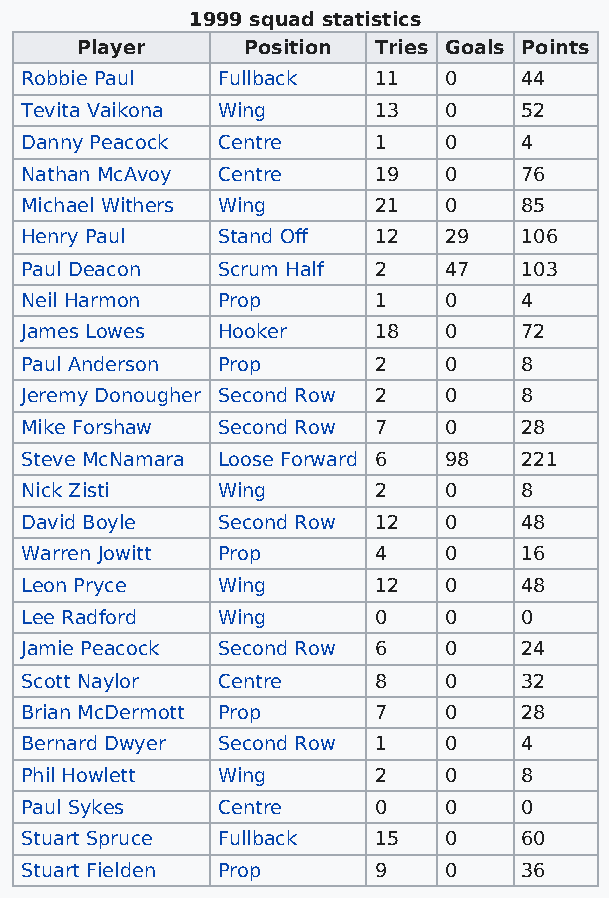
1999 squad statistics
 Player     Position Tries Goals Points
 Robbie Paul  Fullback   11  0    44
 Tevita Vaikona Wing     13  0    52
 Danny Peacock Centre    1   0    4
 Nathan McAvoy Centre    19  0    76
 Michael Withers Wing    21  0    85
 Henry Paul   Stand Off  12  29   106
 Paul Deacon  Scrum Half 2   47   103
 Neil Harmon  Prop       1   0    4
 James Lowes  Hooker     18  0    72
 Paul Anderson Prop      2   0    8
 Jeremy Donougher Second Row 2 0  8
 Mike Forshaw Second Row 7   0    28
 Steve McNamara Loose Forward 6 98 221
 Nick Zisti   Wing       2   0    8
 David Boyle  Second Row 12  0    48
 Warren Jowitt Prop      4   0    16
 Leon Pryce   Wing       12  0    48
 Lee Radford  Wing       0   0    0
 Jamie Peacock Second Row 6  0    24
 Scott Naylor Centre     8   0    32
 Brian McDermott Prop    7   0    28
 Bernard Dwyer Second Row 1  0    4
 Phil Howlett Wing       2   0    8
 Paul Sykes   Centre     0   0    0
 Stuart Spruce Fullback  15  0    60
 Stuart Fielden Prop     9   0    36